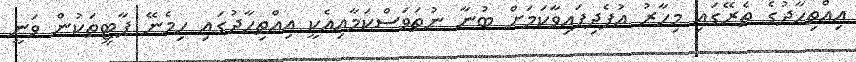
އިއްތިހާދުގެ ތެރޭގައި މިހާރު އުފެދިފައިވާކަމަށް ބުނާ ނުތަވަސްކަމާއިއެކީ އިއްތިހާދުގައި ހިމެނޭ ޕާޓީތަކުން ވަނީ